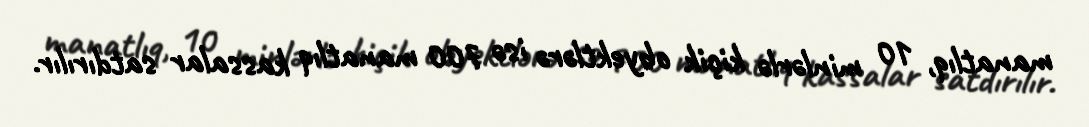
manatlıq, 10 minlərlə kiçik obyektlərə isə 700 manatlıq kassalar satdırılır.